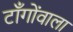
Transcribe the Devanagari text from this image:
टाँगोंवाला